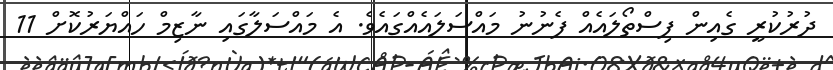
ދުރުކުރީ ގެއިން ފިސްތޯލައެއް ފެނުނު މައްސަލައެއްގައެވެ. އެ މައްސަލާގައި ނާޒިމް ހައްޔަރުކޮށް 11